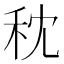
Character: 𥝴